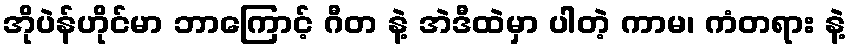
အိုပဲန်ဟိုင်မာ ဘာကြောင့် ဂီတ နဲ့ အဲဒီထဲမှာ ပါတဲ့ ကာမ၊ ကံတရား နဲ့